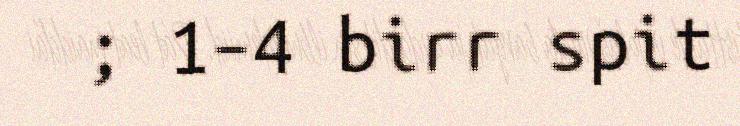
; 1–4 birr spit